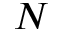
N